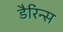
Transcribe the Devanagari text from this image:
डैरिन्स